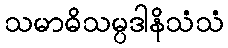
သမာဓိသမ္ပဒါနိသံသံ